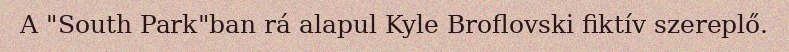
A "South Park"ban rá alapul Kyle Broflovski fiktív szereplő.